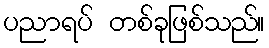
ပညာရပ် တစ်ခုဖြစ်သည်။